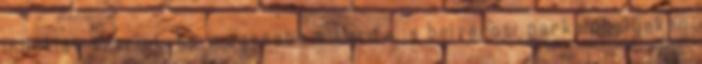
indoklás szerint, ha magasabb a tarifa, a belvárosi parkolóhelyeken